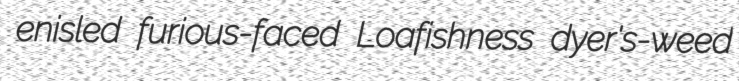
enisled furious-faced Loafishness dyer's-weed